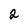
Character: 2